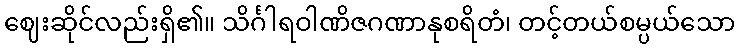
ဈေးဆိုင်လည်းရှိ၏။ သိင်္ဂါရဝါဏိဇဂဏာနုစရိတံ၊ တင့်တယ်စမ္ပယ်သော